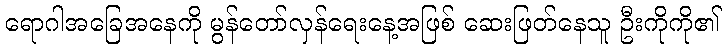
ရောဂါအခြေအနေကို မွန်တော်လှန်ရေးနေ့အဖြစ် ဆေးဖြတ်နေသူ ဦးကိုကို၏